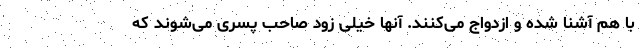
با هم آشنا شده و ازدواج می‌کنند. آنها خیلی زود صاحب پسری می‌شوند که